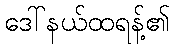
ဒေါ်နယ်ထရန့်၏